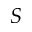
S